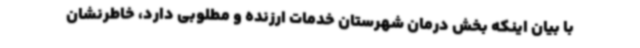
با بیان اینکه بخش درمان شهرستان خدمات ارزنده و مطلوبی دارد، خاطرنشان